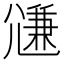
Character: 𡰉